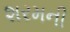
શરમની